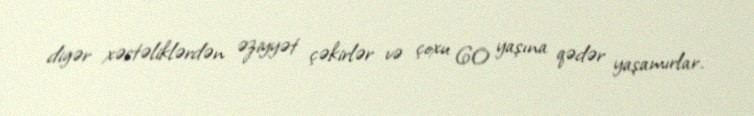
digər xəstəliklərdən əziyyət çəkirlər və çoxu 60 yaşına qədər yaşamırlar.